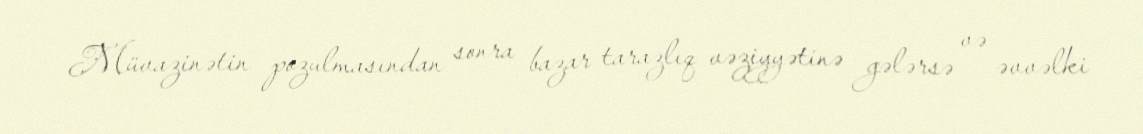
Müvazinətin pozulmasından sonra bazar tarazlıq vəziyyətinə gələrsə və əvvəlki